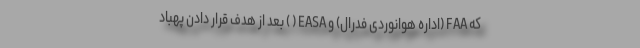
که FAA (اداره هوانوردی فدرال) و EASA ( ) بعد از هدف قرار دادن پهباد